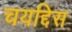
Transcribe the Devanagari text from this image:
चयद्दिस